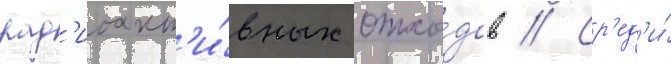
рад'иоакт'и́вных отхо́дов // Ср'ед'и́